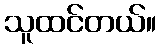
သူထင်တယ်။